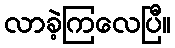
လာခဲ့ကြလေပြီ။